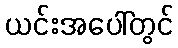
ယင်းအပေါ်တွင်